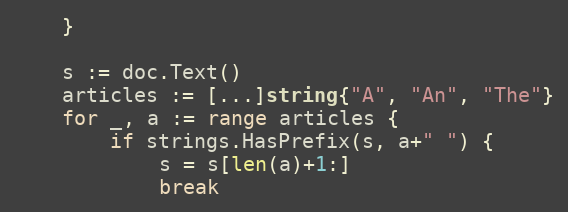
Language: Go
	}

	s := doc.Text()
	articles := [...]string{"A", "An", "The"}
	for _, a := range articles {
		if strings.HasPrefix(s, a+" ") {
			s = s[len(a)+1:]
			break